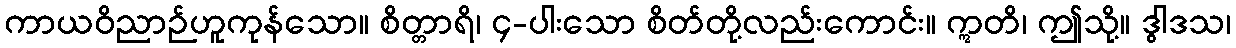
ကာယဝိညာဉ်ဟူကုန်သော။ စိတ္တာရိ၊ ၄-ပါးသော စိတ်တို့လည်းကောင်း။ ဣတိ၊ ဤသို့။ ဒွါဒသ၊